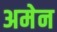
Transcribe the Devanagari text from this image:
अमेन